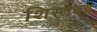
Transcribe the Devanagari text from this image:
शिस्तबद्द